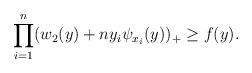
LaTeX: \begin{align*}\prod_{i=1}^n (w_2(y) + ny_i \psi_{x_i}(y))_+ \geq f(y).\end{align*}